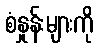
စံနှုန်းများကို